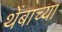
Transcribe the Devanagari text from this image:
थेंबाच्या